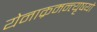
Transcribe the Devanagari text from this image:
येनाक्रमन्त्यृषयो